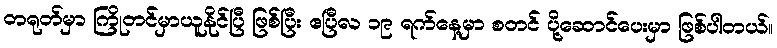
တရုတ်မှာ ကြိုတင်မှာယူနိုင်ပြီ ဖြစ်ပြီး ဧပြီလ ၁၉ ရက်နေ့မှာ စတင် ပို့ဆောင်ပေးမှာ ဖြစ်ပါတယ်။